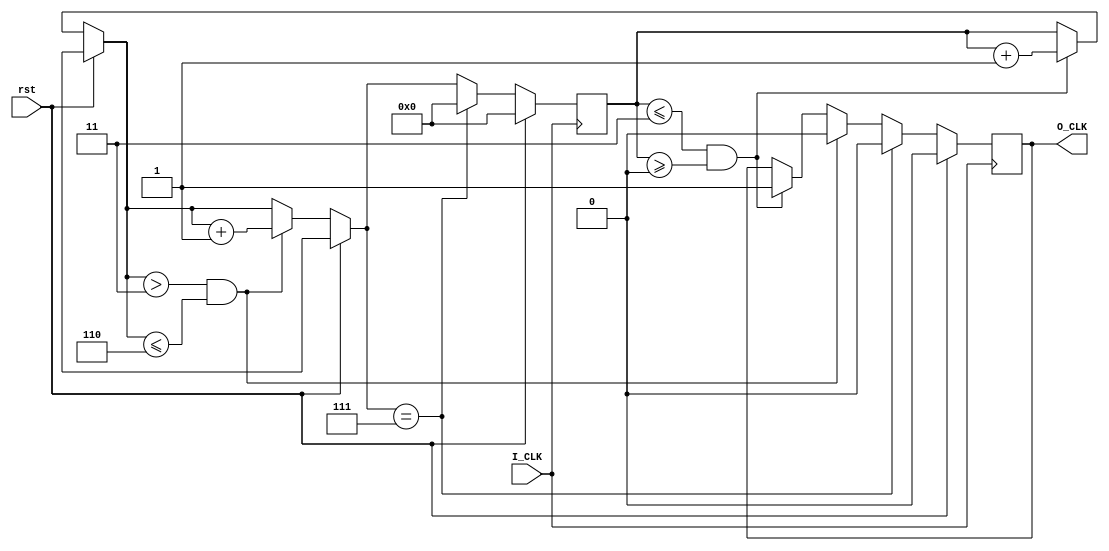
`timescale 1ns / 1ps
//////////////////////////////////////////////////////////////////////////////////
// Company: 
// Engineer: 
// 
// Design Name: 
// Module Name: Divider
// Project Name: 
// Target Devices: 
// Tool Versions: 
// Description: 
// 
// Dependencies: 
// 
// Revision:
// Revision 0.01 - File Created
// Additional Comments:
// 
//////////////////////////////////////////////////////////////////////////////////


module Divider(
     input I_CLK,
     input rst,
     output reg O_CLK
    );
    parameter div=6;
    reg [31 : 0] count=0;
    always @(posedge I_CLK)
    begin 
    if(rst==1)
      begin
      O_CLK=0;count=0;
      end
    else//rst==0
     begin
     if(count<=(div/2) && count>=0)//11
      begin
      count=count+1;   O_CLK=1;  
      end
     if(count>(div/2) && count<=div)
      begin
      count=count+1; O_CLK=0;
      end
     if(count==div+1)
      begin
      count=0; O_CLK=0;
      end
     end//end else
    end//end always
endmodule